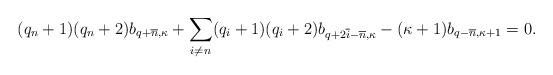
LaTeX: \begin{align*}(q_n +1) (q_n +2) b_{q+ \overline{n},\kappa} + \sum_{i \neq n} (q_i + 1) (q_i + 2) b_{q+ 2 \overline{i} - \overline n,\kappa} - (\kappa+1) b_{q- \overline{n}, \kappa+1} = 0.\end{align*}